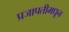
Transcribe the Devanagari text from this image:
प्रजापतीमधून